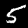
Label: 5